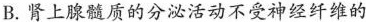
B.肾上腺髓质的分泌活动不受神经纤维的